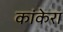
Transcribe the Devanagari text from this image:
कांकेरा